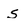
Character: s